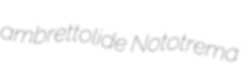
ambrettolide Nototrema